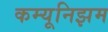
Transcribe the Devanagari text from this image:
कम्यूनिझम